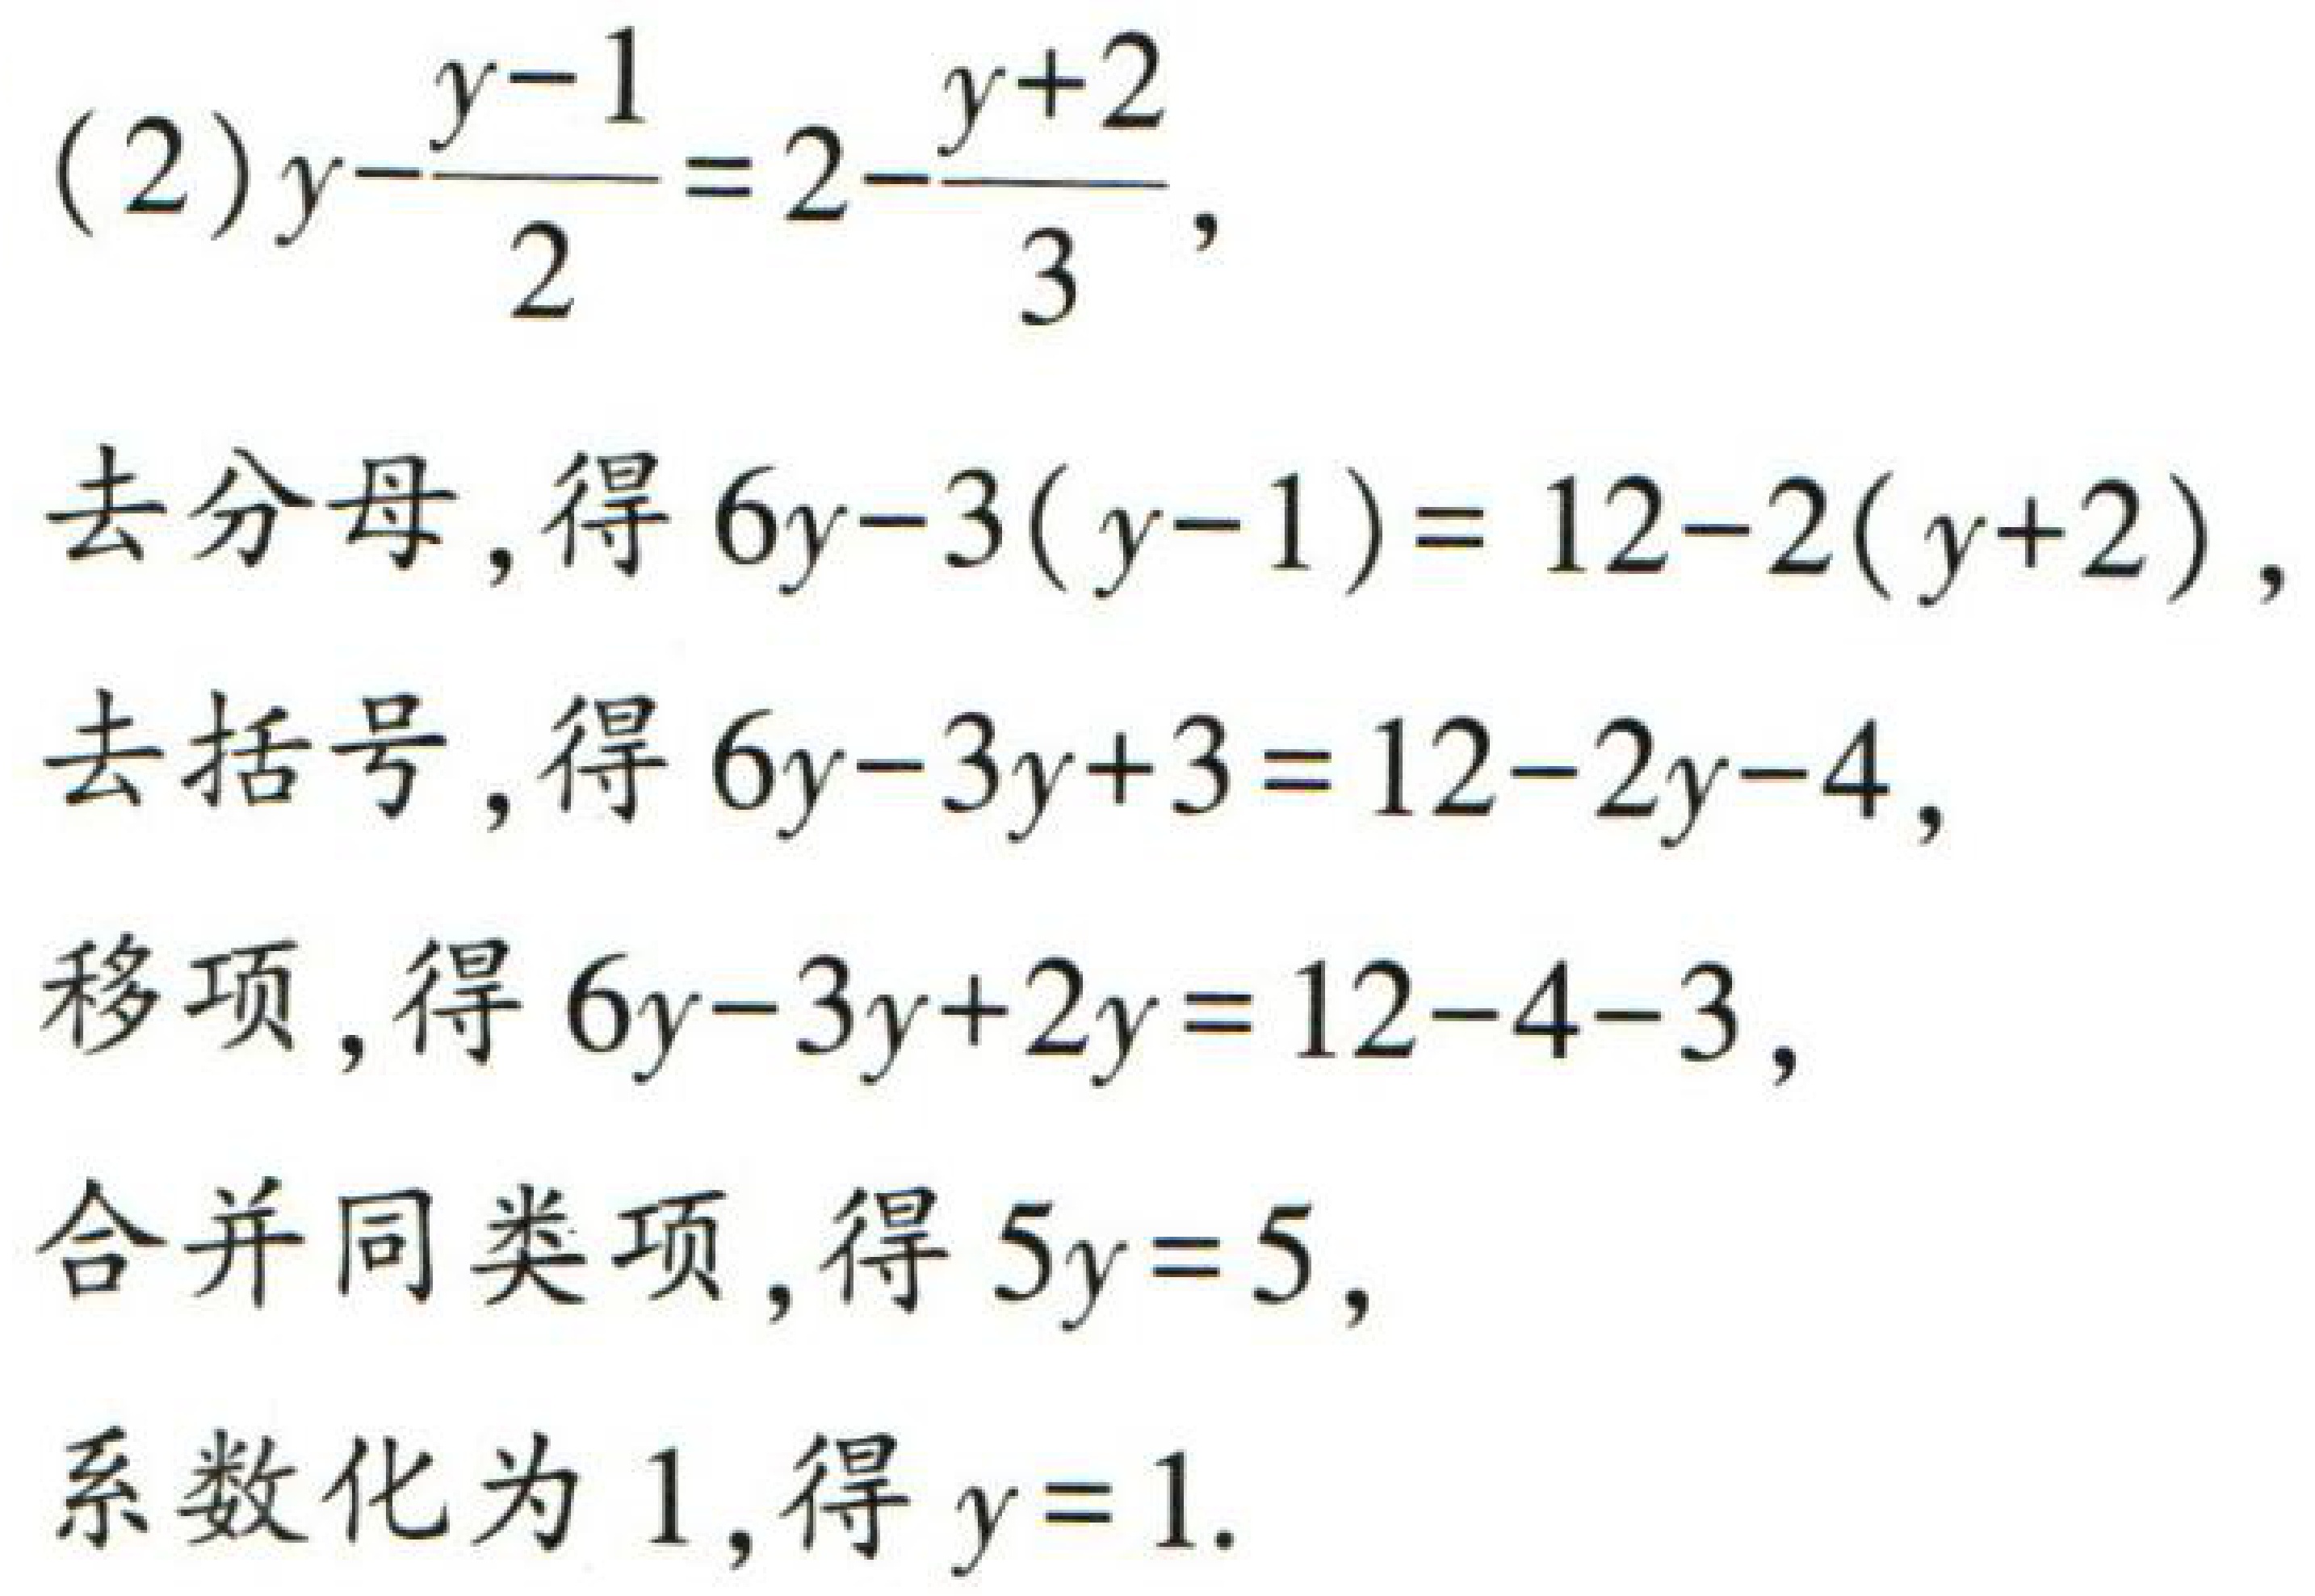
(2) \(y - \frac{y - 1}{2} = 2 - \frac{y + 2}{3}\),

去分母,得 \(6y - 3(y - 1) = 12 - 2(y + 2)\),

去括号,得 \(6y - 3y + 3 = 12 - 2y - 4\),

移项,得 \(6y - 3y + 2y = 12 - 4 - 3\),

合并同类项,得 \(5y = 5\),

系数化为 1,得 \(y = 1\).